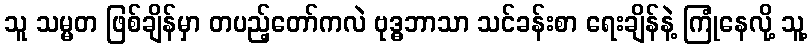
သူ သမ္မတ ဖြစ်ချိန်မှာ တပည့်တော်ကလဲ ဗုဒ္ဓဘာသာ သင်ခန်းစာ ရေးချိန်နဲ့ ကြုံနေလို့ သူ့